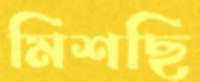
মিশছি